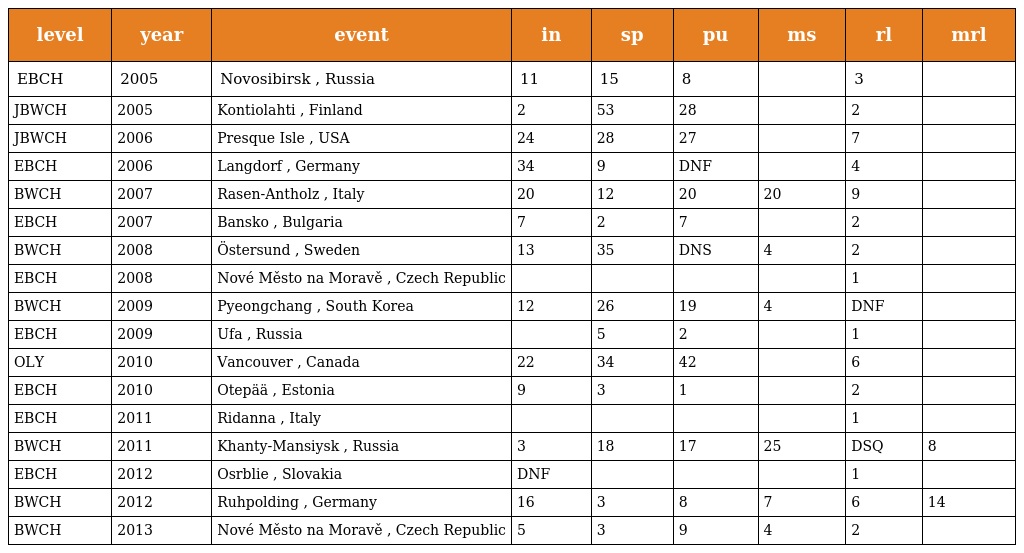
| level | year | event | in | sp | pu | ms | rl | mrl |
 | --- | --- | --- | --- | --- | --- | --- | --- | --- |
 | EBCH | 2005 | Novosibirsk , Russia | 11 | 15 | 8 |  | 3 |  |
 | JBWCH | 2005 | Kontiolahti , Finland | 2 | 53 | 28 |  | 2 |  |
 | JBWCH | 2006 | Presque Isle , USA | 24 | 28 | 27 |  | 7 |  |
 | EBCH | 2006 | Langdorf , Germany | 34 | 9 | DNF |  | 4 |  |
 | BWCH | 2007 | Rasen-Antholz , Italy | 20 | 12 | 20 | 20 | 9 |  |
 | EBCH | 2007 | Bansko , Bulgaria | 7 | 2 | 7 |  | 2 |  |
 | BWCH | 2008 | Östersund , Sweden | 13 | 35 | DNS | 4 | 2 |  |
 | EBCH | 2008 | Nové Město na Moravě , Czech Republic |  |  |  |  | 1 |  |
 | BWCH | 2009 | Pyeongchang , South Korea | 12 | 26 | 19 | 4 | DNF |  |
 | EBCH | 2009 | Ufa , Russia |  | 5 | 2 |  | 1 |  |
 | OLY | 2010 | Vancouver , Canada | 22 | 34 | 42 |  | 6 |  |
 | EBCH | 2010 | Otepää , Estonia | 9 | 3 | 1 |  | 2 |  |
 | EBCH | 2011 | Ridanna , Italy |  |  |  |  | 1 |  |
 | BWCH | 2011 | Khanty-Mansiysk , Russia | 3 | 18 | 17 | 25 | DSQ | 8 |
 | EBCH | 2012 | Osrblie , Slovakia | DNF |  |  |  | 1 |  |
 | BWCH | 2012 | Ruhpolding , Germany | 16 | 3 | 8 | 7 | 6 | 14 |
 | BWCH | 2013 | Nové Město na Moravě , Czech Republic | 5 | 3 | 9 | 4 | 2 |  |